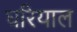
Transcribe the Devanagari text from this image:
घरियाल